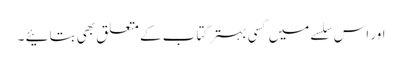
اور اس سلسے میں کسی بہتر کتاب کے متعلق بھی بتائیے ۔